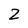
Character: 2